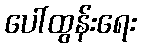
ပေါ်ထွန်းရေး